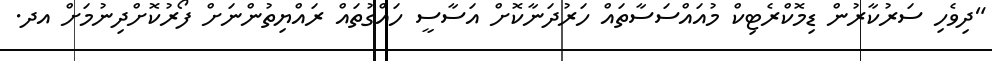
"ދިވެހި ސަރުކާރުން ޑިމޮކްރެޓިކް މުއައްސަސާތައް ހަރުދަނާކޮށް އަސާސީ ހައްގުތައް ރައްޔިތުންނަށް ފޯރުކޮށްދިނުމަށް އދ.